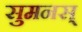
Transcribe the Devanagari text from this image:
सुमनस्